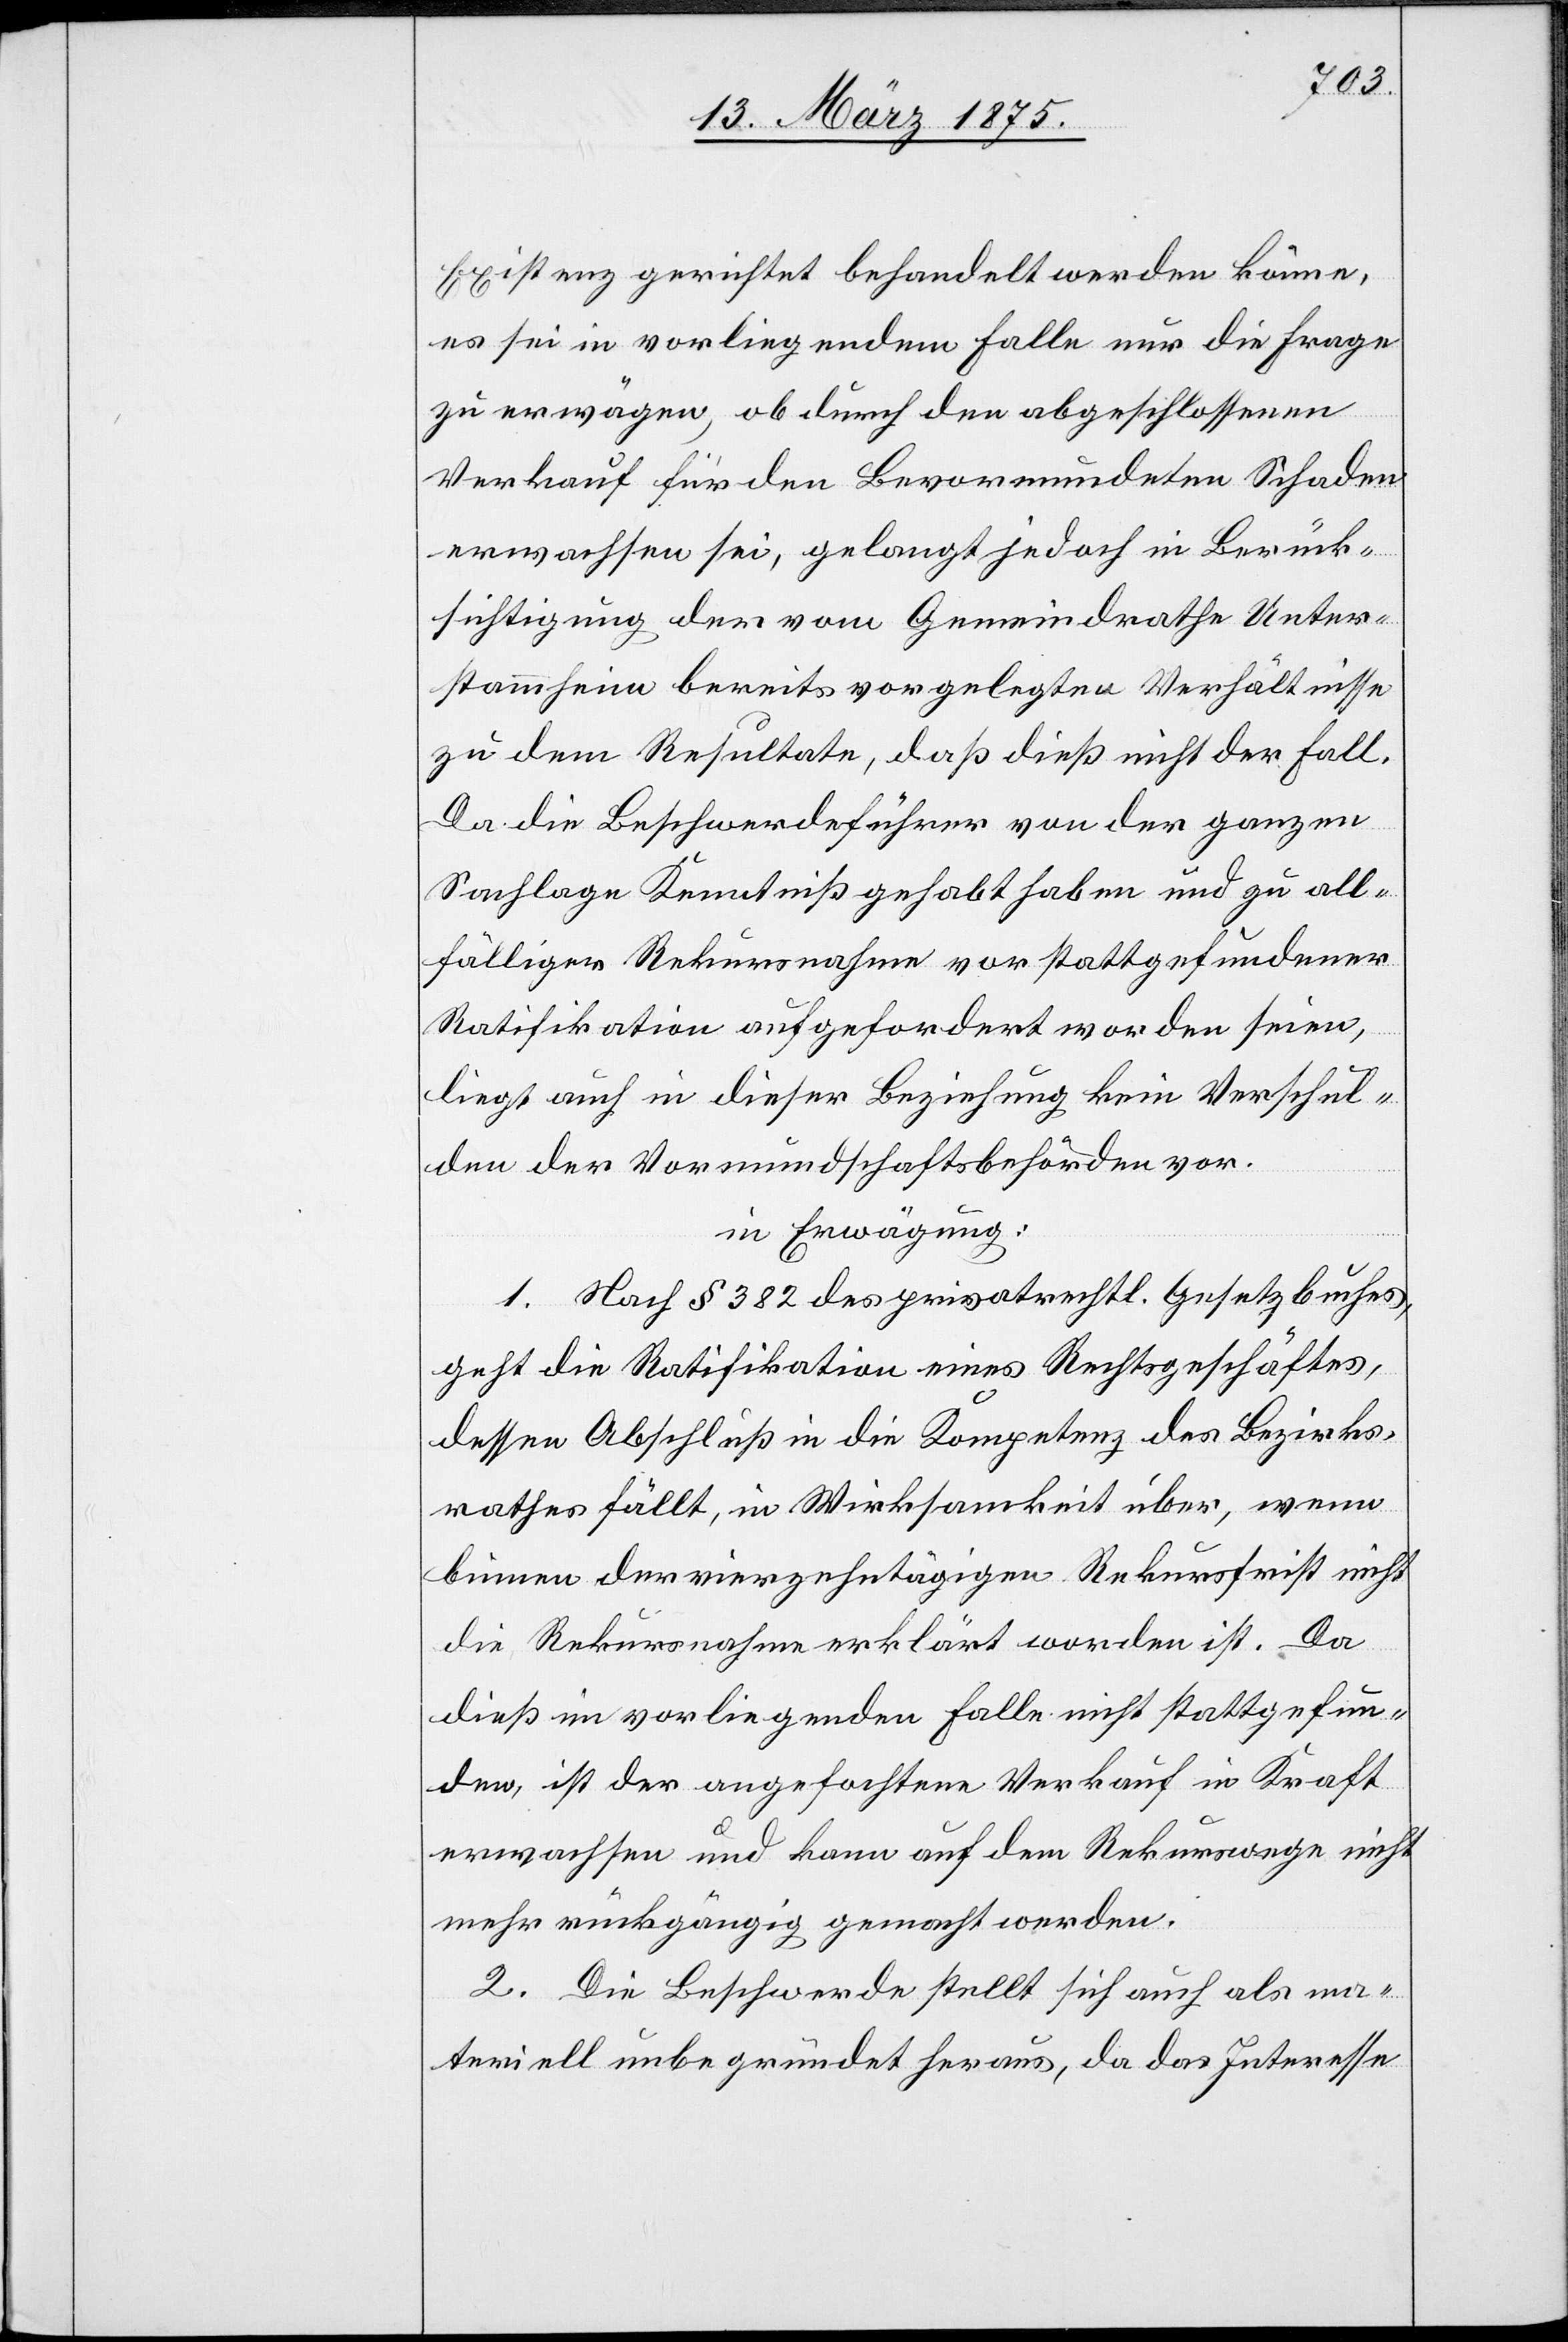
Existenz gerichtet behandelt werden könne,
es sei in vorliegendem Falle nur die Frage
zu erwägen, ob durch den abgeschlossenen
Verkauf für den Bevormundeten Schaden
erwachsen sei, gelangt jedoch in Berück¬
sichtigung der vom Gemeindrath Unter¬
stammheim bereits vorgelegten Verhältnisse
zu dem Resultate, daß dieß nicht der Fall
Da die Beschwerdeführer von der ganzen
Sachlage Kenntniß gehabt haben und zu all¬
fälliger Rekursnahme vor stattgefundener
Ratifikation aufgefordert worden seien,
liegt auch in dieser Beziehung kein Verschul¬
den der Vormundschaftsbehörde vor.
in Erwägung:
1. Nach § 382 des privatrechtl. Gesetzbuches,
geht die Ratifikation eines Rechtsgeschäftes
dessen Abschluß in die Kompetenz des Bezirks¬
rathes fällt, in Wirksamkeit über, wenn
binnen der vierzehntägigen Rekursfrist nicht
die Rekursnahme erklärt worden ist. Da
dieß im vorliegenden Falle nicht stattgefun¬
den, ist der angefochtene Verkauf in Kraft
erwachsen und kann auf dem Rekurswege nicht
mehr rückgängig gemacht werden.
2. Die Beschwerde stellt sich auch als ma¬
teriell unbegründet heraus, da das Interesse